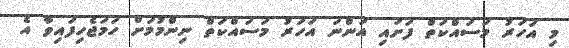
މި އަހަރު މަސައްކަތް ފަށައި އަންނަ އަހަރު މަސައްކަތް ނިންމުމަށް ހަމަޖެހިފައިވާ އެ